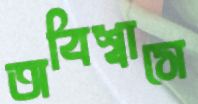
অবিশ্বাসে